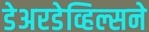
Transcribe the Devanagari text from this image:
डेअरडेव्हिल्सने